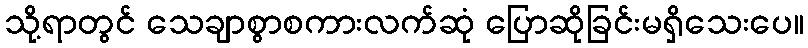
သို့ရာတွင် သေချာစွာစကားလက်ဆုံ ပြောဆိုခြင်းမရှိသေးပေ။